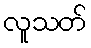
လူသတ်